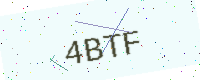
Text: 4BTF